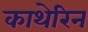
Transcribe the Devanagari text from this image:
काथेरिन